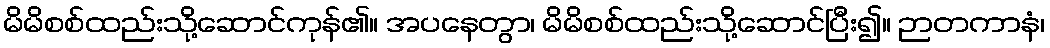
မိမိစစ်ထည်းသို့ဆောင်ကုန်၏။ အပနေတွာ၊ မိမိစစ်ထည်းသို့ဆောင်ပြီး၍။ ဉာတကာနံ၊